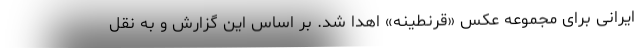
ایرانی برای مجموعه عکس «قرنطینه» اهدا شد. بر اساس این گزارش و به نقل